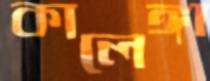
কালেঙ্গা